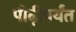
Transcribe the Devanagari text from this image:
पीढ़ीपर्यंत